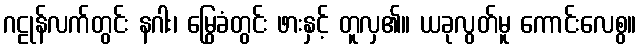
ဂဠုန်လက်တွင်း နဂါး၊ မြွေခံတွင်း ဖားနှင့် တူလှ၏။ ယခုလွတ်မူ ကောင်းလေစွ။